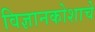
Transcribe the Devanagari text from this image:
विज्ञानकोशाचे